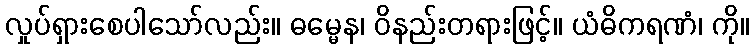
လှုပ်ရှားစေပါသော်လည်း။ ဓမ္မေန၊ ဝိနည်းတရားဖြင့်။ ယံဓိကရဏံ၊ ကို။